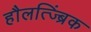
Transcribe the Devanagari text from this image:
हौलत्ज्ब्रिंक